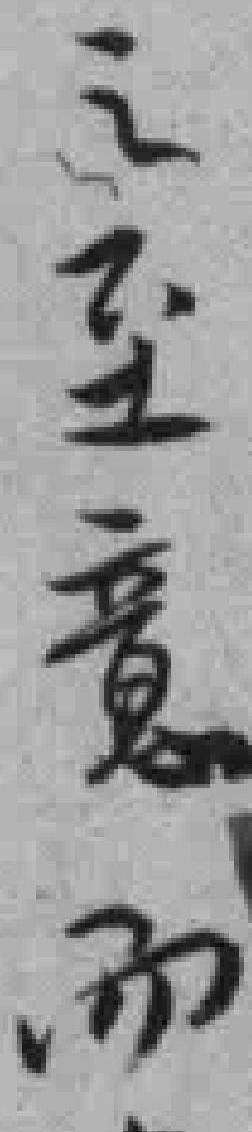
之至意而